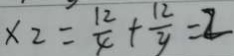
x _ { 2 } = \frac { 1 2 } { x } + \frac { 1 2 } { y } = 2